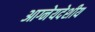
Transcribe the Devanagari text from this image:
आग्नेयदेशीय